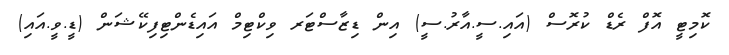
ކޮމިޓީ އޮފް ރެޑް ކުރޮސް (އައި.ސީ.އާރު.ސީ) އިން ޑިޒާސްޓަރ ވިކްޓިމް އައިޑެންޓިފިކޭޝަން (ޑީ.ވީ.އައި)